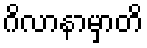
ဂိလာနာမှာတိ